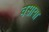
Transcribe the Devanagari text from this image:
वसाया